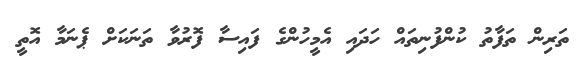
ތަރިން ތަފާތު ކުންފުނިތައް ހަދައި އެމީހުންގެ ފައިސާ ފޮރުވާ ތަނަކަށް ޕެނަމާ އޮތީ